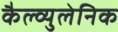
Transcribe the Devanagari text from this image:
कैल्व्युलेनिक